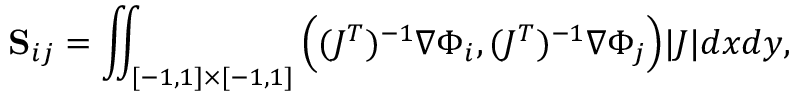
\mathbf { S } _ { i j } = \iint _ { [ - 1 , 1 ] \times [ - 1 , 1 ] } \Big ( ( J ^ { T } ) ^ { - 1 } \nabla \Phi _ { i } , ( J ^ { T } ) ^ { - 1 } \nabla \Phi _ { j } \Big ) | J | d x d y ,